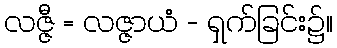
လဇ္ဇီ = လဇ္ဇာယံ - ရှက်ခြင်း၌။